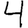
Digit: 4